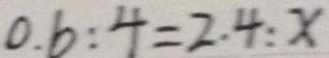
0 . 6 : 4 = 2 . 4 : x